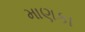
માણકા